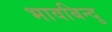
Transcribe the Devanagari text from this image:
भावबिन्दु